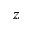
z